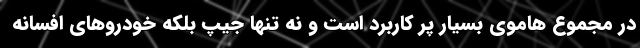
در مجموع هاموی بسیار پر کاربرد است و نه تنها جیپ بلکه خودروهای افسانه